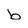
Character: b